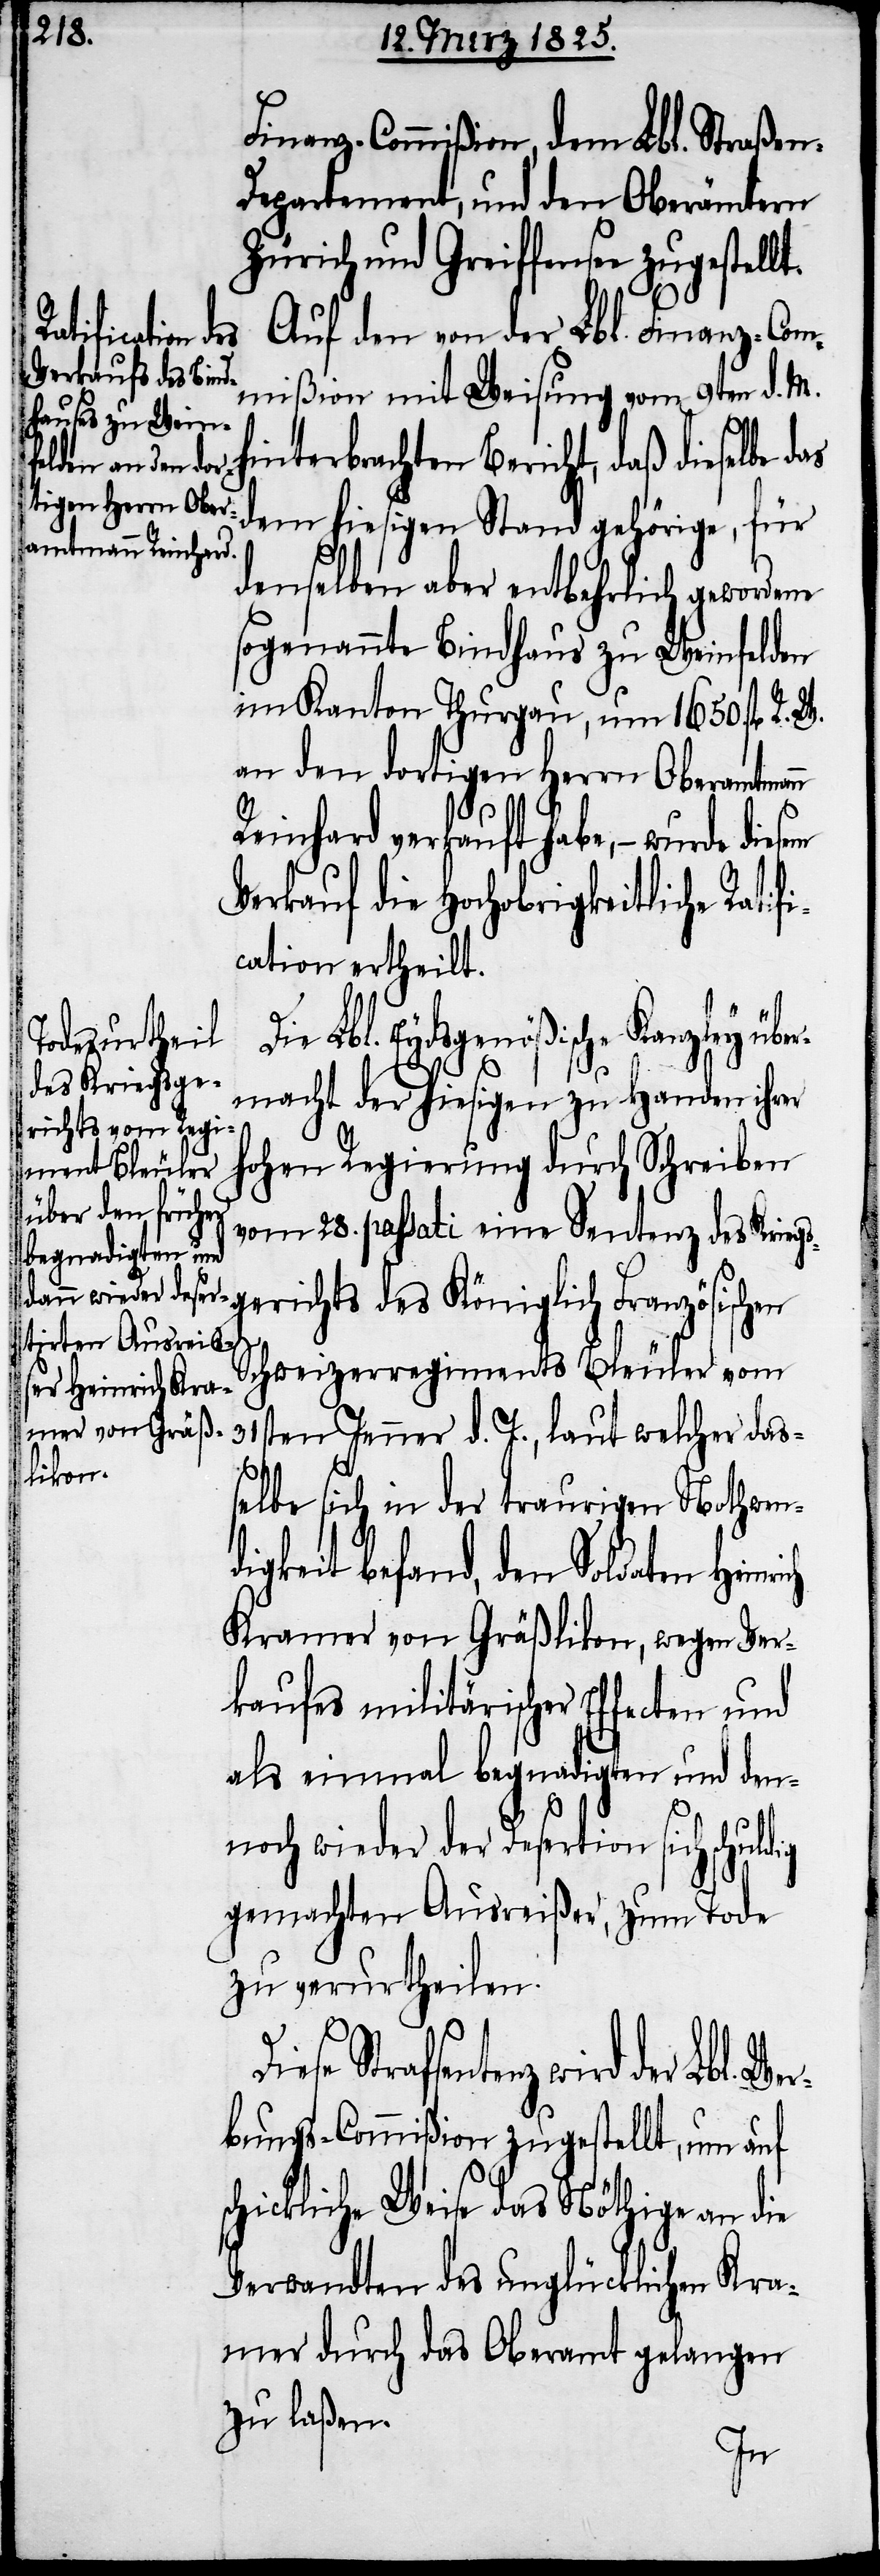
Finanz-Commißion, dem Lbl. Straßen-D¬
epartement, und den Oberämtern
Zürich und Greiffensee zugestel¬
Auf den von der Lbl. Finanz-Com¬
mißion mit Weisung vom 9ten d. M.
hinterbrachten Bericht, daß dieselbe das
dem hiesigen Stand gehörige, für
denselben aber entbehrlich gewordene
sogenannte Bindhaus zu Weinfelden
im Kanton Thurgau, um 1650. fl R.
an den dortigen Herrn Oberamtmann
Reinhard verkauft habe, − wurde
Verkauf die Hochobrigkeitliche Ratif¬
ication ertheilt.
s¬
Die Lbl. Eydsgenößische Kanzley über¬
macht der hiesigen zu Handen ihrer
hohen Regierung durch Schreiben
vom 28. passati eine Sentenz des Kriegs¬
gerichts des Königlich Französischen
Schweizerregiments Bleuler vom
31sten Jenner d. J., laut welcher das¬
selbe sich in der traurigen Nothwen¬
digkeit befand, den Soldaten Heinri¬
Kramer von Gräßlikon, wegen Ver¬
kaufes militärischer Effecten und
als einmal begnadigten und den¬
noch wieder der Desertion sich schuld¬
gemachten Ausreißer, zum Tode
zu verurtheilen.
Strafsentenz wird der Lbl. We¬
rbungs-Commißion zugestellt, um auf
chickliche Weise das Nöthige an die
Verwandten des unglücklichen Kra¬
mer durch das Oberamt gelangen
zu laßen.